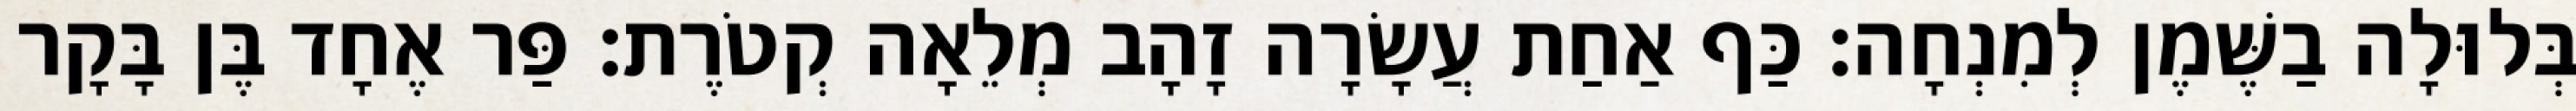
בְּלוּלָה בַשֶּׁמֶן לְמִנְחָה׃ כַּף אַחַת עֲשָׂרָה זָהָב מְלֵאָה קְטֹרֶת׃ פַּר אֶחָד בֶּן בָּקָר